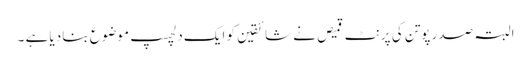
البتہ صدر پوتن کی پرنٹ قمیص نے شائقین کو ایک دلچسپ موضوع بنا دیا ہے ۔